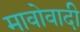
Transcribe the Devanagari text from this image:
मावोवादी